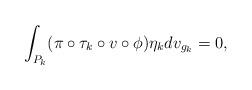
LaTeX: \begin{align*}\int_{P_{k}}(\pi\circ\tau_{k}\circ v\circ\phi)\eta_{k}dv_{g_{k}}=0,\end{align*}